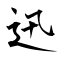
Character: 迅